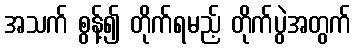
အသက် စွန့်၍ တိုက်ရမည့် တိုက်ပွဲအတွက်